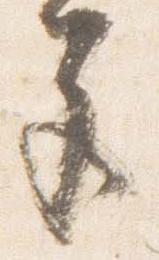
色